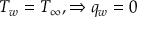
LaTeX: T _ { w } = T _ { \infty } , \Rightarrow q _ { w } = 0